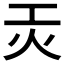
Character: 𭴃